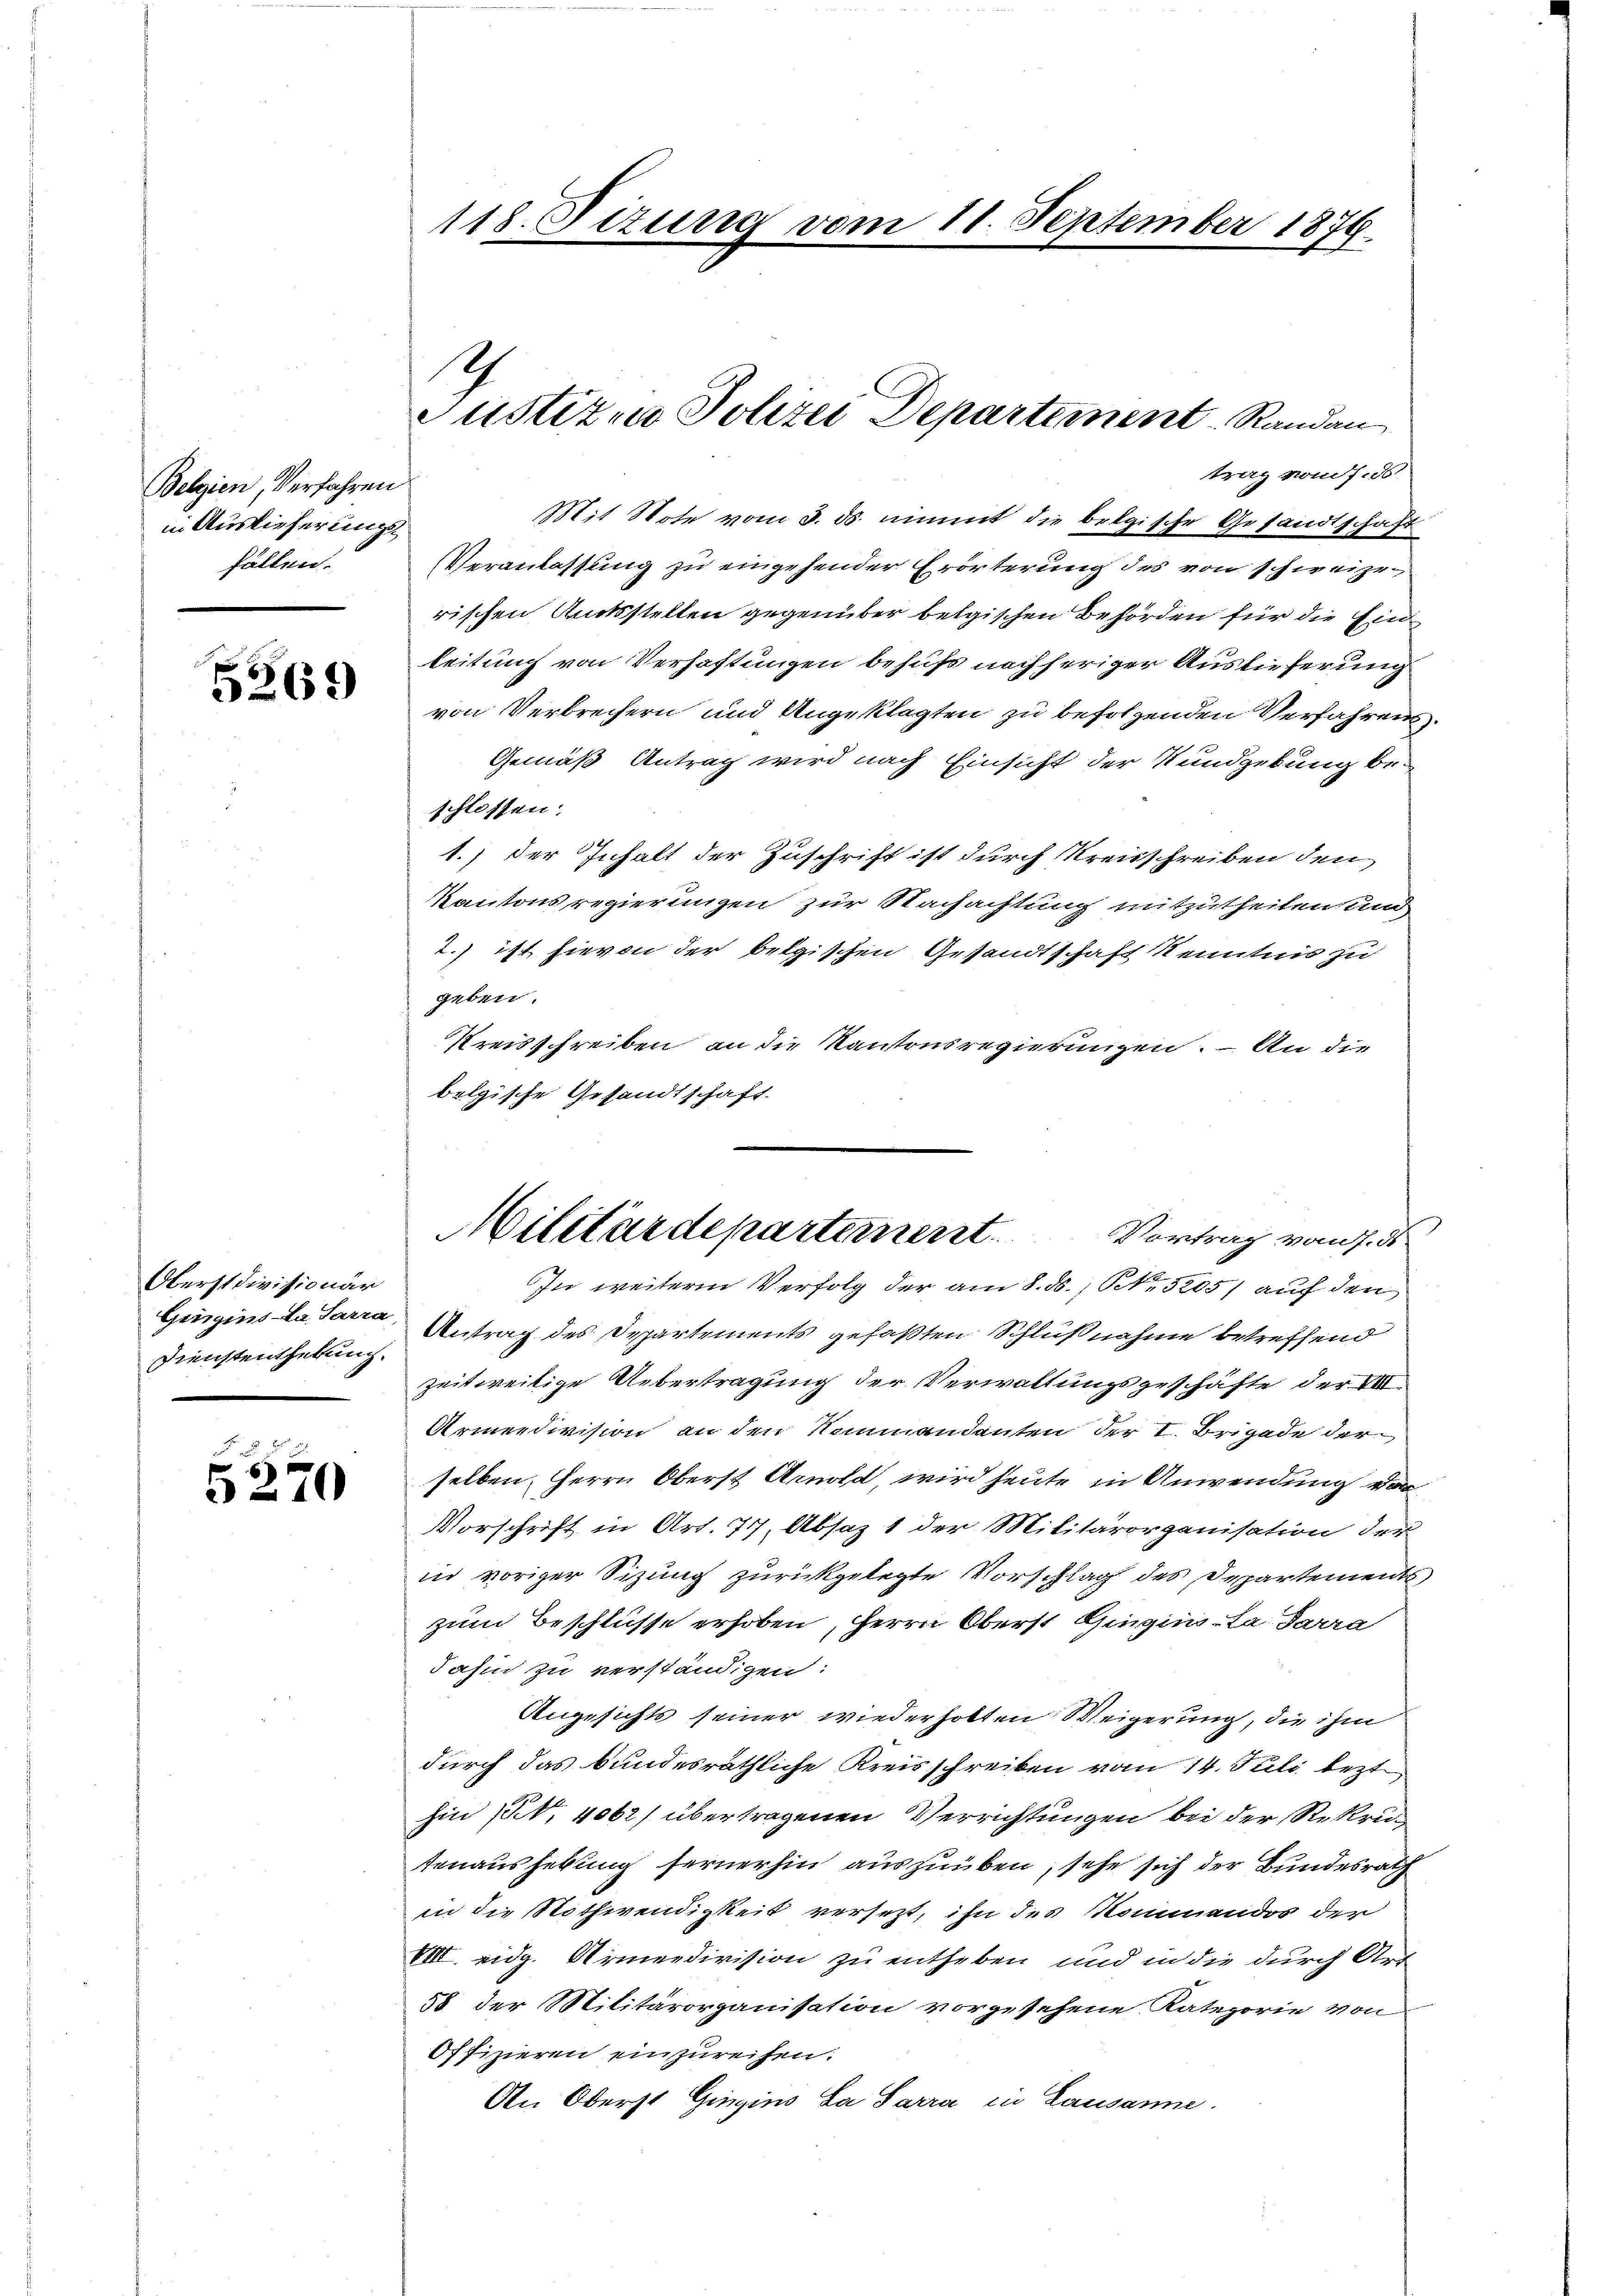
Belgien, Verfahren
in Auslieferungsfällen.

5269

Oberstdivisionär
Gringins-La Sarra,
Dienstenthebung.

6
210

118. Situng vom 11. September 1876.

4
Justizio Polizei Departement Randan

trag vom 7. ds.
Mit Note vom 3. ds. nimmt die belgische Gesandtschaft
VVeranlassung zu eingehender Erörterung des von schweizerischen Amtsstellen gegenüber belgischen Behörden für die Ein
leitung von Verhaftungen behufs nachheriger Auslieferung
von Verbrechern und Angeklagten zu befolgenden Verfahrens¬
Gemäß Antrag wird nach Einsicht der Wundgebung beschlossen:
1.) der Inhalt der Zuschrift ist durch Kreisschreiben den
Kantons regierungen zur Nachachtung mitzutheilen und
2.) ist hievon der belgischen Gesandtschaft Kenntnis zu
geben.
Kreisschreiben an die Kantonsregierungen. – An die
belgische Gesandtschaft.
In weitere Verfolg der am 8. ds., N. 5205) auf den
Antrag des Departements gefaßten Schlußnahme betreffend
zeit weitige Uebertragung der Verwaltungsgeschäfte der VIII.
Armeedivision an den Nommandanten der I. Brigade der
selben, Herrn Oberst Arnold, wird heute in Anwendung ei
Vorschrift in Art. 77, Absaz 1 der Militärorganisation dem
in voriger Sitzung zurückgelegte Vorschlag des Departements,
zum Beschlüsse erhoben, Herrn Oberst Gingins-La Parra
Jahin zu verständigen:
Angesichts seiner wiederholten Weigerung, die ihm
durch das bundesräthliche Kreisschreiben vom 14. Juli bezt.
hin 1. 4062) übertragenen Verrichtungen bei der Rekrutenaushebung fernerhin auszuüben, sehe sich der Bundesrath
in die Nothwendigkeit versezt, ihn des Kommandos der
VIII. eidg. Armeedivision zu entheben und in die durch Art
58 der Militärorganisation vorgesehene Kategorie von
Offizieren einzureihen.
An Oberst Gingins La Sarra in Lausanne.

Militärdepartement.
Vortrag vom 7. ds.